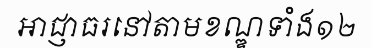
អាជ្ញាធរនៅតាមខណ្ឌទាំង១២